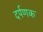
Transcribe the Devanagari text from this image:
दर्पणक